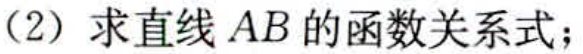
(2) 求直线 \(AB\) 的函数关系式；